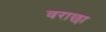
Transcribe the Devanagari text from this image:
वराछा